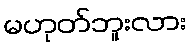
မဟုတ်ဘူးလား